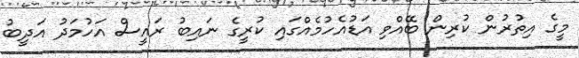
މީގެ އިތުރުން ކުރިން ބޭއްވި އަޑުއެހުމެއްގައި ކުރީގެ ނައިބު ރައީސް އަހުމަދު އަދީބު